Scientific memoirs by medical officers of the Army of India - Part V,
Year: 1890
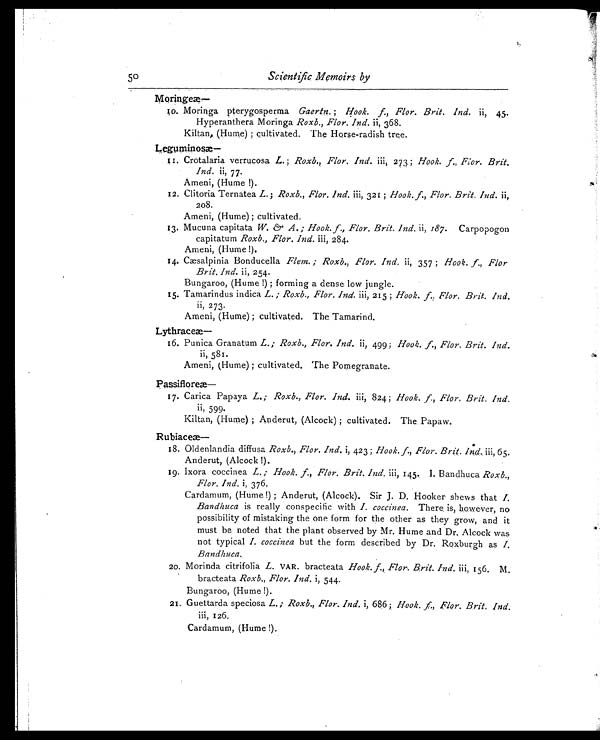
50
Scientific Memoirs by
Moringeæ—
1 0 . M o r i n g a p t e r y g o s p e r m aG
a e r t n .
; H o o k . f . , F l o r . B r i t . I n d .
i i , 4 5 .
Hyperanthera Moringa Roxb., Flor. Ind. ii, 368.
Kiltan, (Hume); cultivated. The Horse-radish tree.
Leguminos æ —
1 1 . C r o t a l a r i a v e r r u c o s a
L .
; R o x b . , F l o r . I n d .
i i i , 2 7 3 ;
Hook. f., Flor. Brit.
Ind. ii, 77.
Ameni, (Hume!).
12. Clitoria Ternatea L.; Roxb., Flor. Ind. iii, 321; Hook. f., Flor. Brìt. Ind. ii,
208.
Ameni, (Hume); cultivated.
13. Mucuna capitata W. & A.; Hook. f., Flor. Brit. Ind. ii, 187. Carpopogon
capitatum Roxb., Flor. Ind. iii, 284.
Ameni, (Hume!).
14. Cæsalpinia Bonducella Flem.; Roxb., Flor. Ind. ii, 357; Hook. f., Flor
Brit. Ind. ii, 254.
Bungaroo, (Hume!); forming a dense low jungle.
15. Tamarindus indica L.; Roxb., Flor. Ind. iii, 215; Hook. f. , Fl or. Bri t . Ind.
ii, 273.
Ameni, (Hume); cultivated. The Tamarind.
Lythrace
æ —
16. Punica Granatum L.; Roxb., Flor. Ind. ii, 499; Hook. f., Flor. Brit. Ind.
ii, 581.
Ameni, (Hume); cultivated. The Pomegranate.
Passiflore
æ —
17. Carica Papaya L.; Roxb., Flor. Ind. iii, 824; Hook. f., Flor. Brit. Ind.
ii, 599.
Kiltan, (Hume); Anderut, (Alcock); cultivated. The Papaw.
Rubiace
æ —
18. Oldenlandia diffusa Roxb., Flor. Ind. i, 423; Hook. f., Flor. Brit. Ind. iii, 65.
Anderut, (Alcock!).
19. Ixora coccinea L.; Hook. f., Flor. Brit. Ind. iii, 145. I. Bandhuca Roxb.,
Flor. Ind. i, 376.
Cardamum, (Hume!); Anderut, (Alcock). Sir J. D. Hooker shews that I.
Bandhuca is really conspecific with I. coccinea. There is, however, no
possibility of mistaking the one form for the other as they grow, and it
must be noted that the plant observed by Mr. Hume and Dr. Alcock was
not typical I. coccinea but the form described by Dr. Roxburgh as I.
Bandhuca.
20. Morinda citrifolia L. VAR. bracteata Hook. f., Flor. Brit. Ind iii, 156. M.
bracteata Roxb., Flor. Ind. i, 544.
Bungaroo, (Hume!).
21. Guettarda speciosa L.; Roxb., Flor. Ind. i, 686; Hook. f., Flor. Brit. Ind.
iii, 126.
Cardamum, (Hume!).